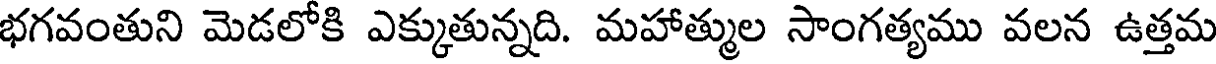
భగవంతుని మెడలోకి ఎక్కుతున్నది. మహాత్ముల సాంగత్యము వలన ఉత్తమ